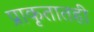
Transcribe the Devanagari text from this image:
प्राकृतातही